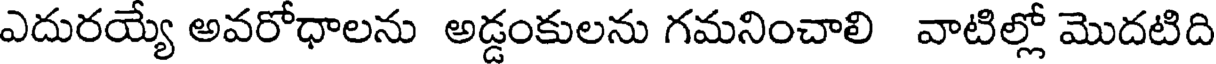
ఎదురయ్యే అవరోధాలను అడ్డంకులను గమనించాలి వాటిల్లో మొదటిది